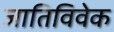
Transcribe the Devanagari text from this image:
जातिविवेक